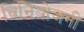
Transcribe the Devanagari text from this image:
विनियोजनी